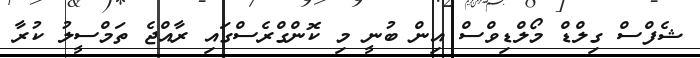
ޝެފްސް ގިލްޑް މޯލްޑިވްސް އިން ބުނީ މި ކޮންގްރެސްގައި ރާއްޖެ ތަމްސީލު ކުރާ